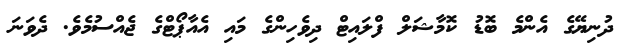
ދުނިޔޭގެ އެންމެ ބޮޑު ކޮމާޝަލް ފްލައިޓް ދިވެހިންގެ މައި އެއާޕޯޓްގެ ޖެއްސުމެވެ. ދެވަނަ